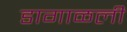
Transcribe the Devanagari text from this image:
डागाळली